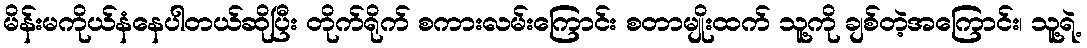
မိန်းမကိုယ်နံနေပါတယ်ဆိုပြီး တိုက်ရိုက် စကားလမ်းကြောင်း စတာမျိုးထက် သူ့ကို ချစ်တဲ့အကြောင်း၊ သူ့ရဲ့